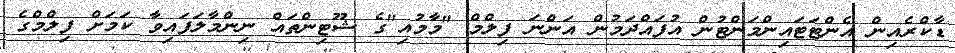
ޑާކްރެއިން އެންޓަޓައިންމަންޓުން އުފައްދަމުން އަންނަ ފިލްމް "މާމުއި"ގެ ޝޫޓިންތައް ނިންމާލަފައިވާ ކަމަށް ފިލްމްގެ